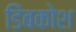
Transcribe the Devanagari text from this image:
डिंबकोश